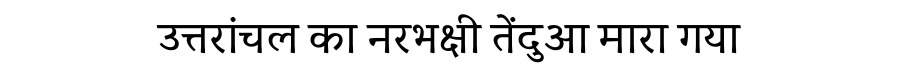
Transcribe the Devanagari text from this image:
उत्तरांचल का नरभक्षी तेंदुआ मारा गया